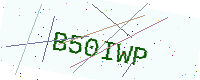
Text: B50IWP